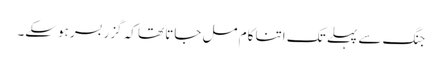
جنگ سے پہلے تک اتنا کام مل جاتا تھا کہ گزر بسر ہوسکے۔